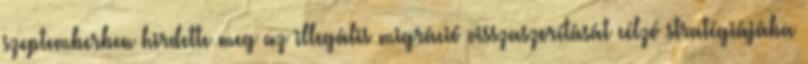
szeptemberben hirdette meg az illegális migráció visszaszorítását célzó stratégiájába